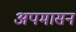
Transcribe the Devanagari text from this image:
अपमासन